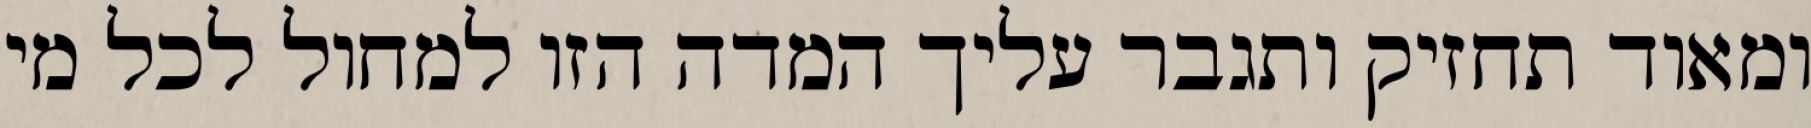
ומאוד תחזיק ותגבר עליך המדה הזו למחול לכל מי